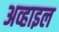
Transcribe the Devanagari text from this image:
अव्हाइल